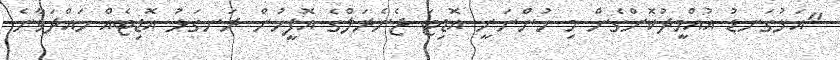
"އަޅުގަނޑު އުއްމީދުކޮށްގެން މި ހުންނަނީ އޮޑިޓަ ޖެނެރަލްގެ އޮފީހުން ރަނގަޅު އޮޑިޓެއް ހައްދަވާނެ